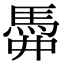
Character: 𩢏